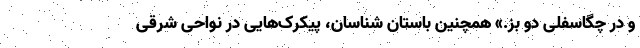
و در چگاسفلی دو بز.» همچنین باستان شناسان، پیکرک‌هایی در نواحی شرقی